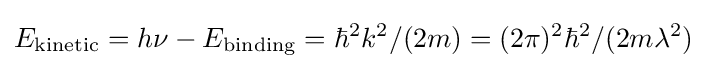
E_{\text{kinetic}}=h\nu -E_{\text{binding}}=\hbar ^{2}k^{2}/(2m)=(2\pi )^{2}\hbar ^{2}/(2m\lambda ^{2})